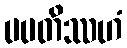
ပပတိဿဟံ